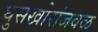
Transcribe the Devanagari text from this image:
घुसखोरांजवळ